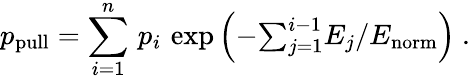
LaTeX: p_{\mathrm{pull}}=\sum_{i=1}^{n}\, p_{i}\, \exp\left(-{\textstyle\sum}_{j=1}^{i-1}E_{j}/E_{\mathrm{norm}}\right)~.